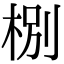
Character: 㭭